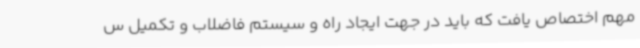
مهم اختصاص یافت که باید در جهت ایجاد راه و سیستم فاضلاب و تکمیل س